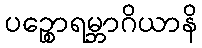
ပဉ္စောရမ္ဘာဂိယာနိ